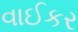
વાઈકર